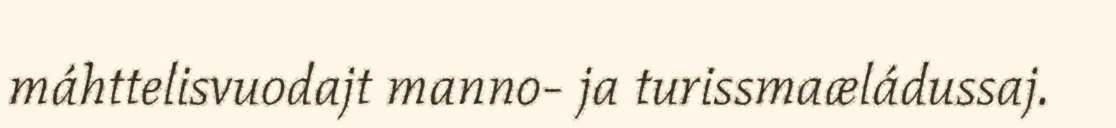
máhttelisvuodajt manno- ja turissmaæládussaj.